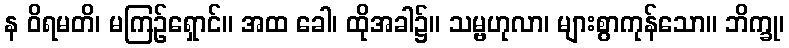
န ဝိရမတိ၊ မကြဉ်ရှောင်။ အထ ခေါ၊ ထိုအခါ၌။ သမ္ဗဟုလာ၊ များစွာကုန်သော။ ဘိက္ခု၊